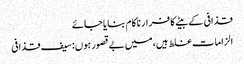
قذافی کے بیٹے کا فرار ناکام بنایا جائے
الزامات غلط ہیں،میں بےقصور ہوں:سیف قذافی